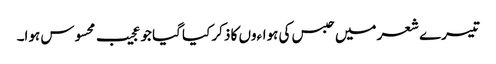
تیسرے شعر میں حبس کی ہواءوں کا ذکر کیا گیا جو عجیب محسوس ہوا۔